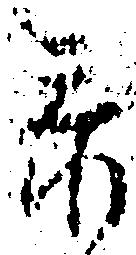
忝